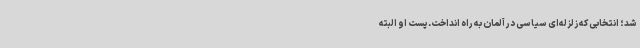
شد؛ انتخابی که زلزله‌ای سیاسی در آلمان به راه انداخت.پست او البته